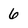
Character: 6